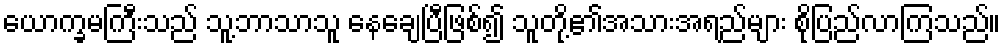
ယောက္ခမကြီးသည် သူ့ဘာသာသူ နေချေပြီဖြစ်၍ သူတို့၏အသားအရည်များ စိုပြည်လာကြသည်။